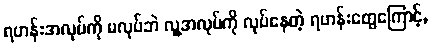
ရဟန်းအလုပ်ကို မလုပ်ဘဲ လူ့အလုပ်ကို လုပ်နေတဲ့ ရဟန်းတွေကြောင့်,